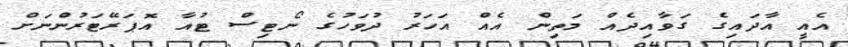
އެއީ އާދައިގެ ގަވާއިދެއް މަތިން އެއް އަހަރު ދުވަހުގެ ނޯޓިސް ޓުއާ އޮޕަރޭޓަރުންނަށް